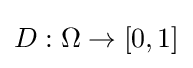
D:\Omega \to [0,1]